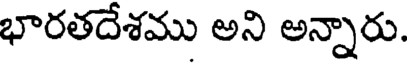
భారతదేశము అని అన్నారు.